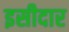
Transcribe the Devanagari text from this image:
इसीदार